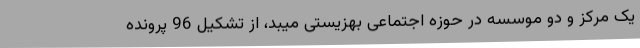
یک مرکز و دو موسسه در حوزه اجتماعی بهزیستی میبد، از تشکیل 96 پرونده